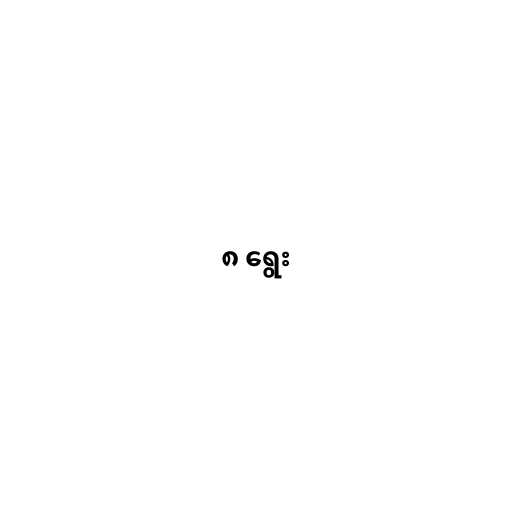
၈ ရွေး